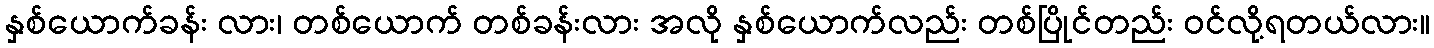
နှစ်ယောက်ခန်း လား၊ တစ်ယောက် တစ်ခန်းလား အလို နှစ်ယောက်လည်း တစ်ပြိုင်တည်း ဝင်လို့ရတယ်လား။